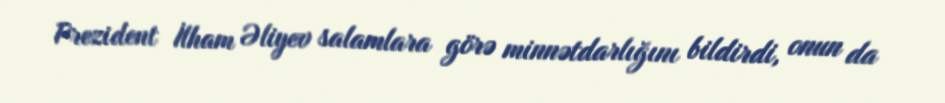
Prezident İlham Əliyev salamlara görə minnətdarlığını bildirdi, onun da